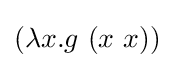
(\lambda x.g\ (x\ x))